Bréfritari: Gunnlaugur Oddsson
Dagsetning: A-1890-04-27
Skrifað á: Glasgow, Skotlandi

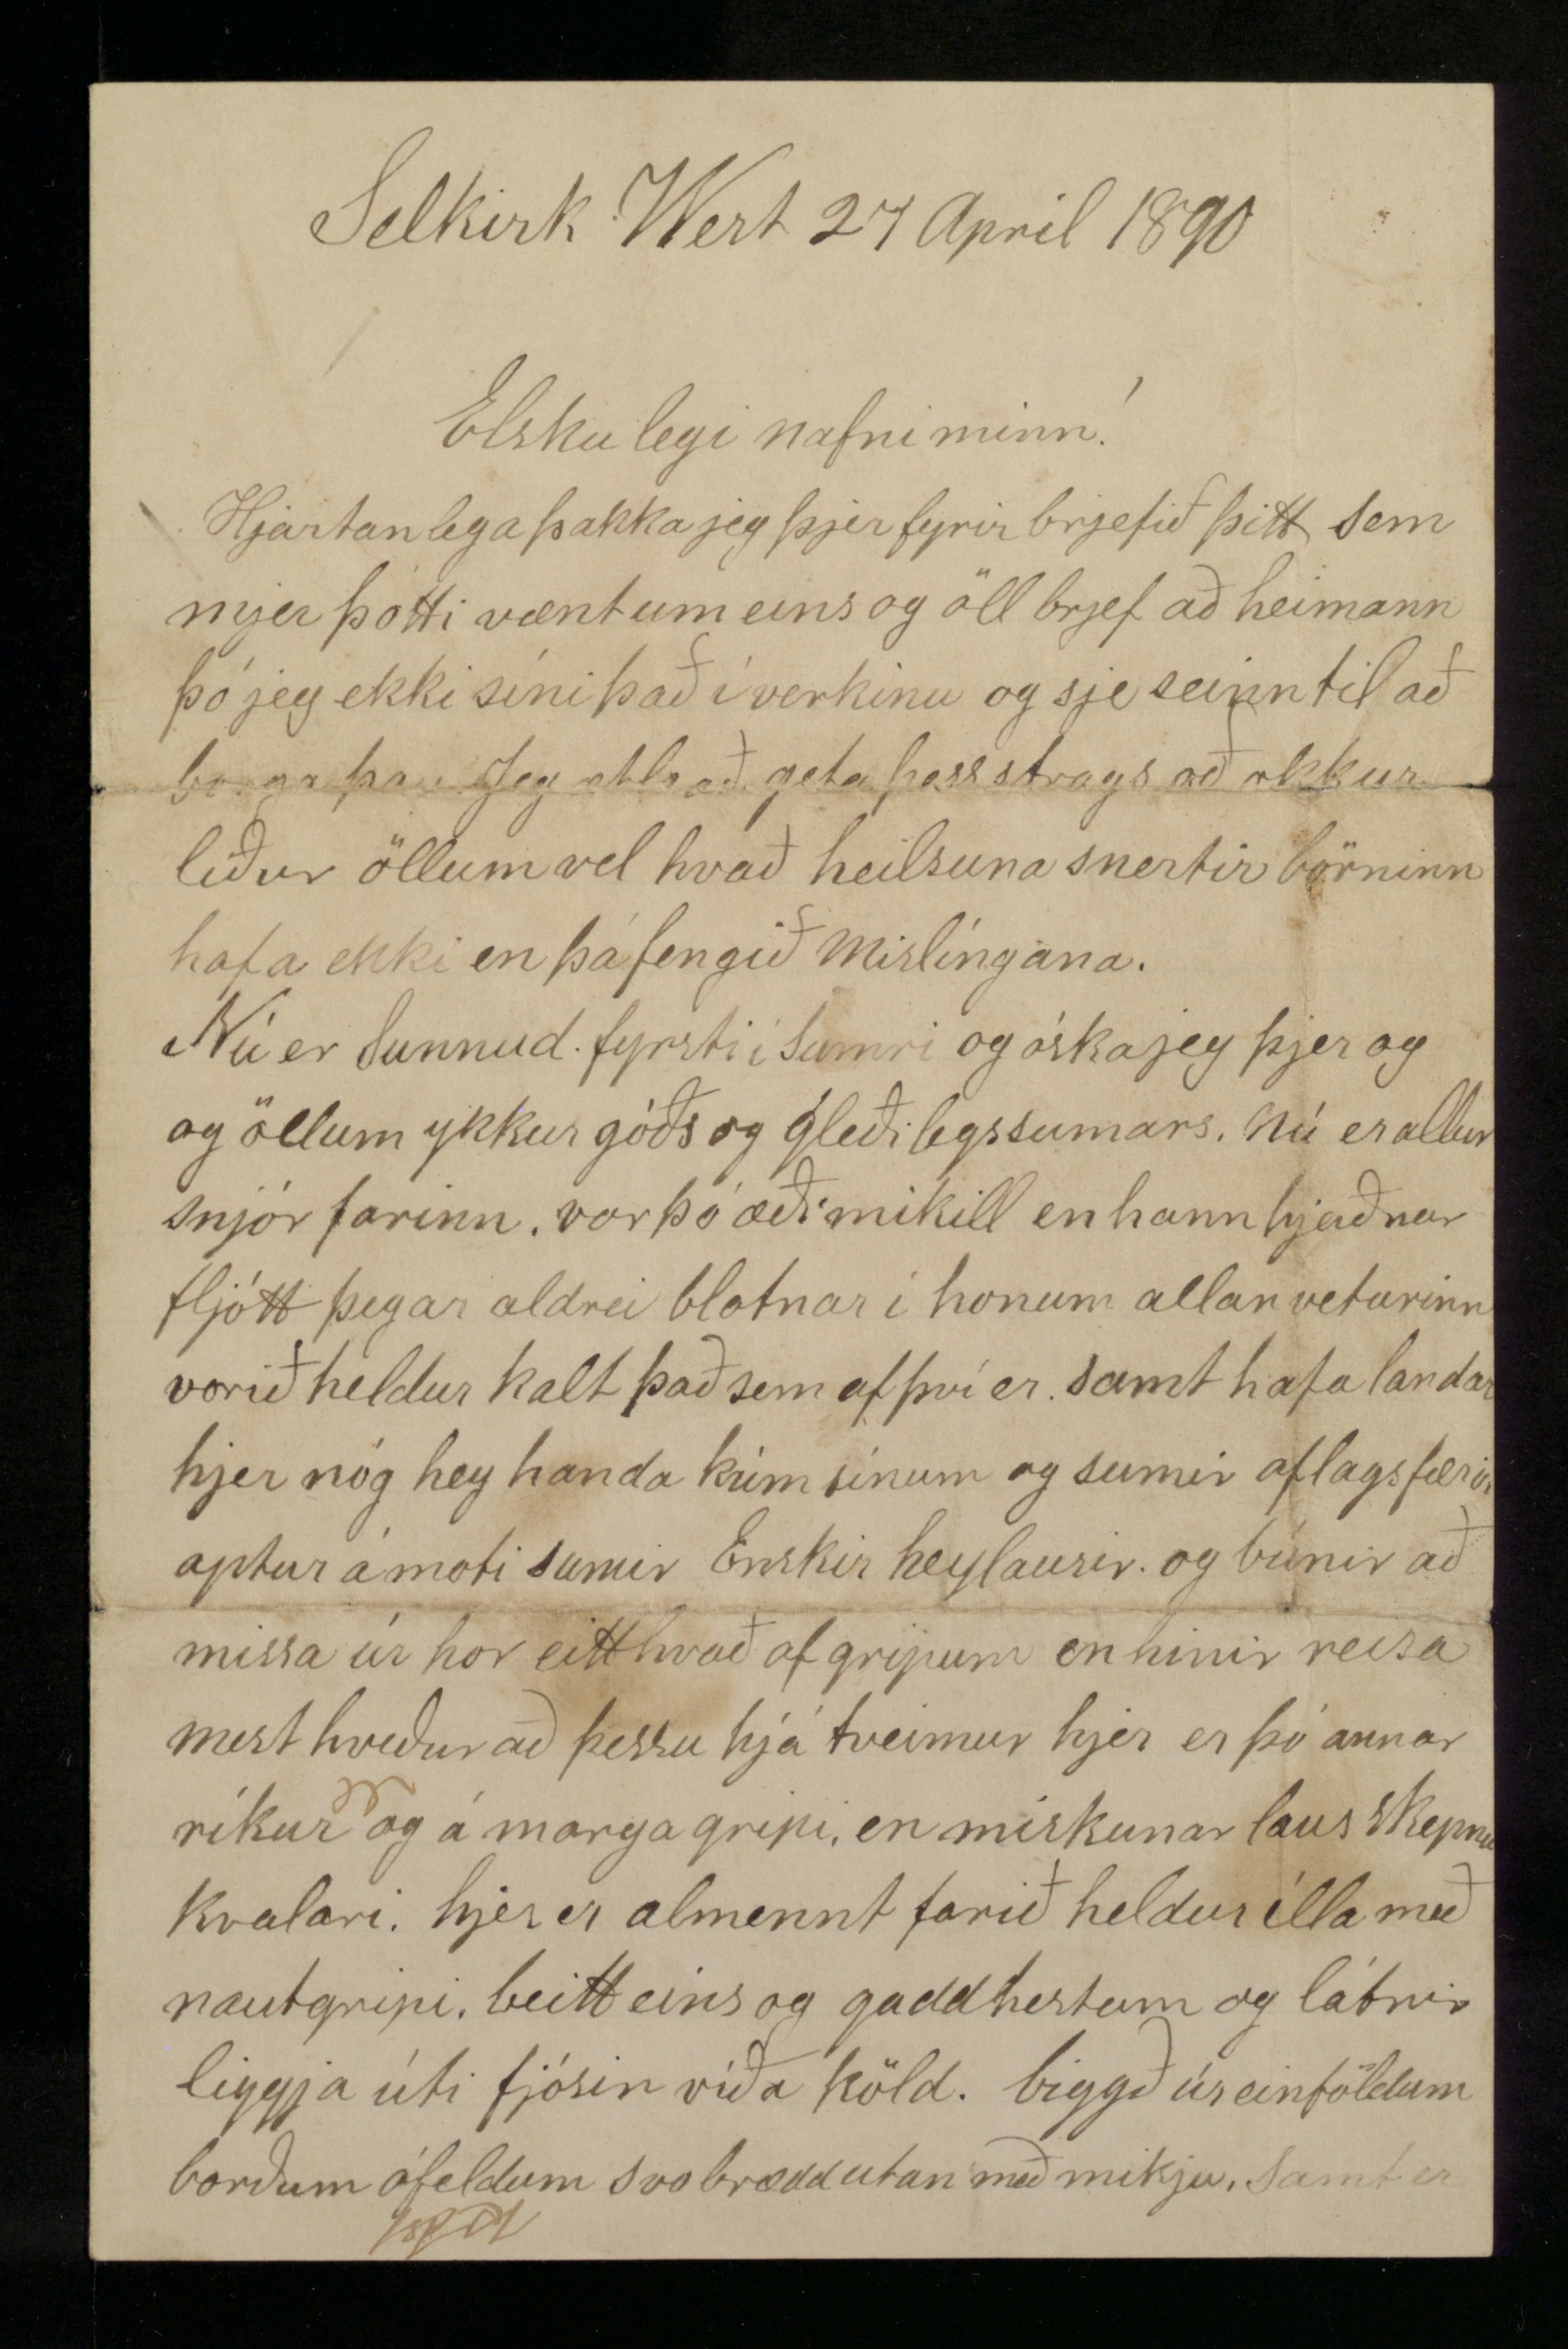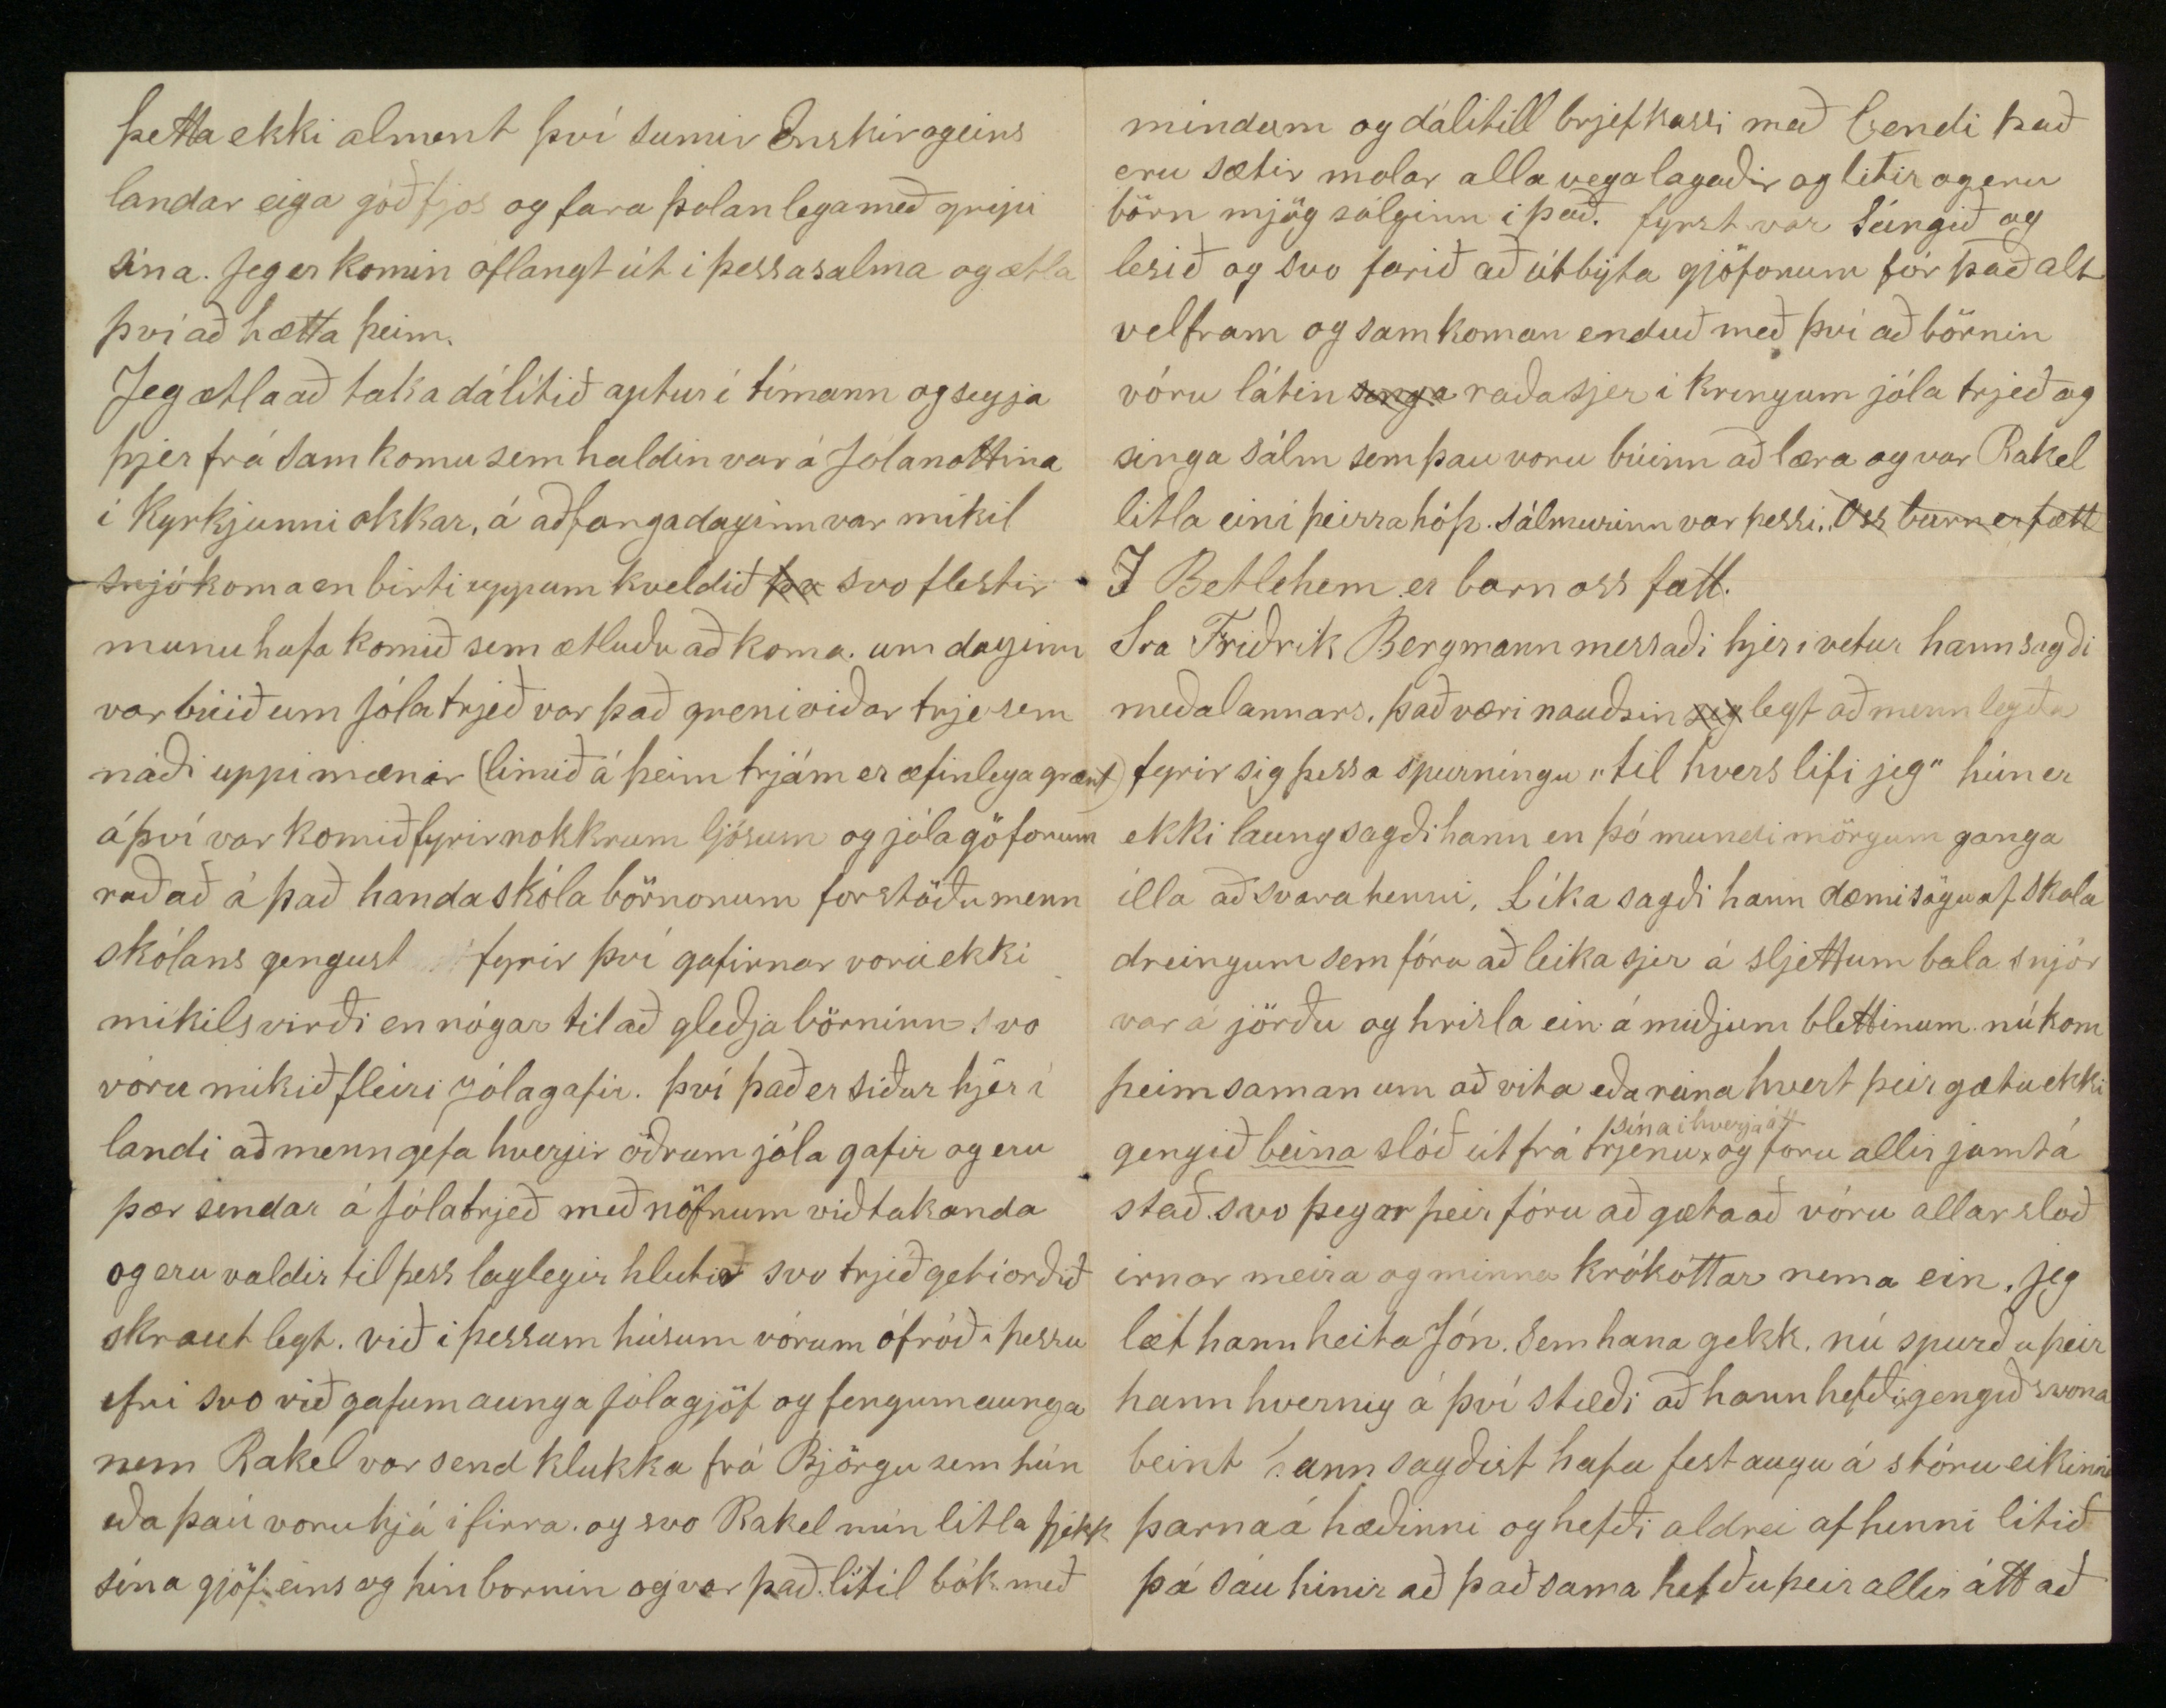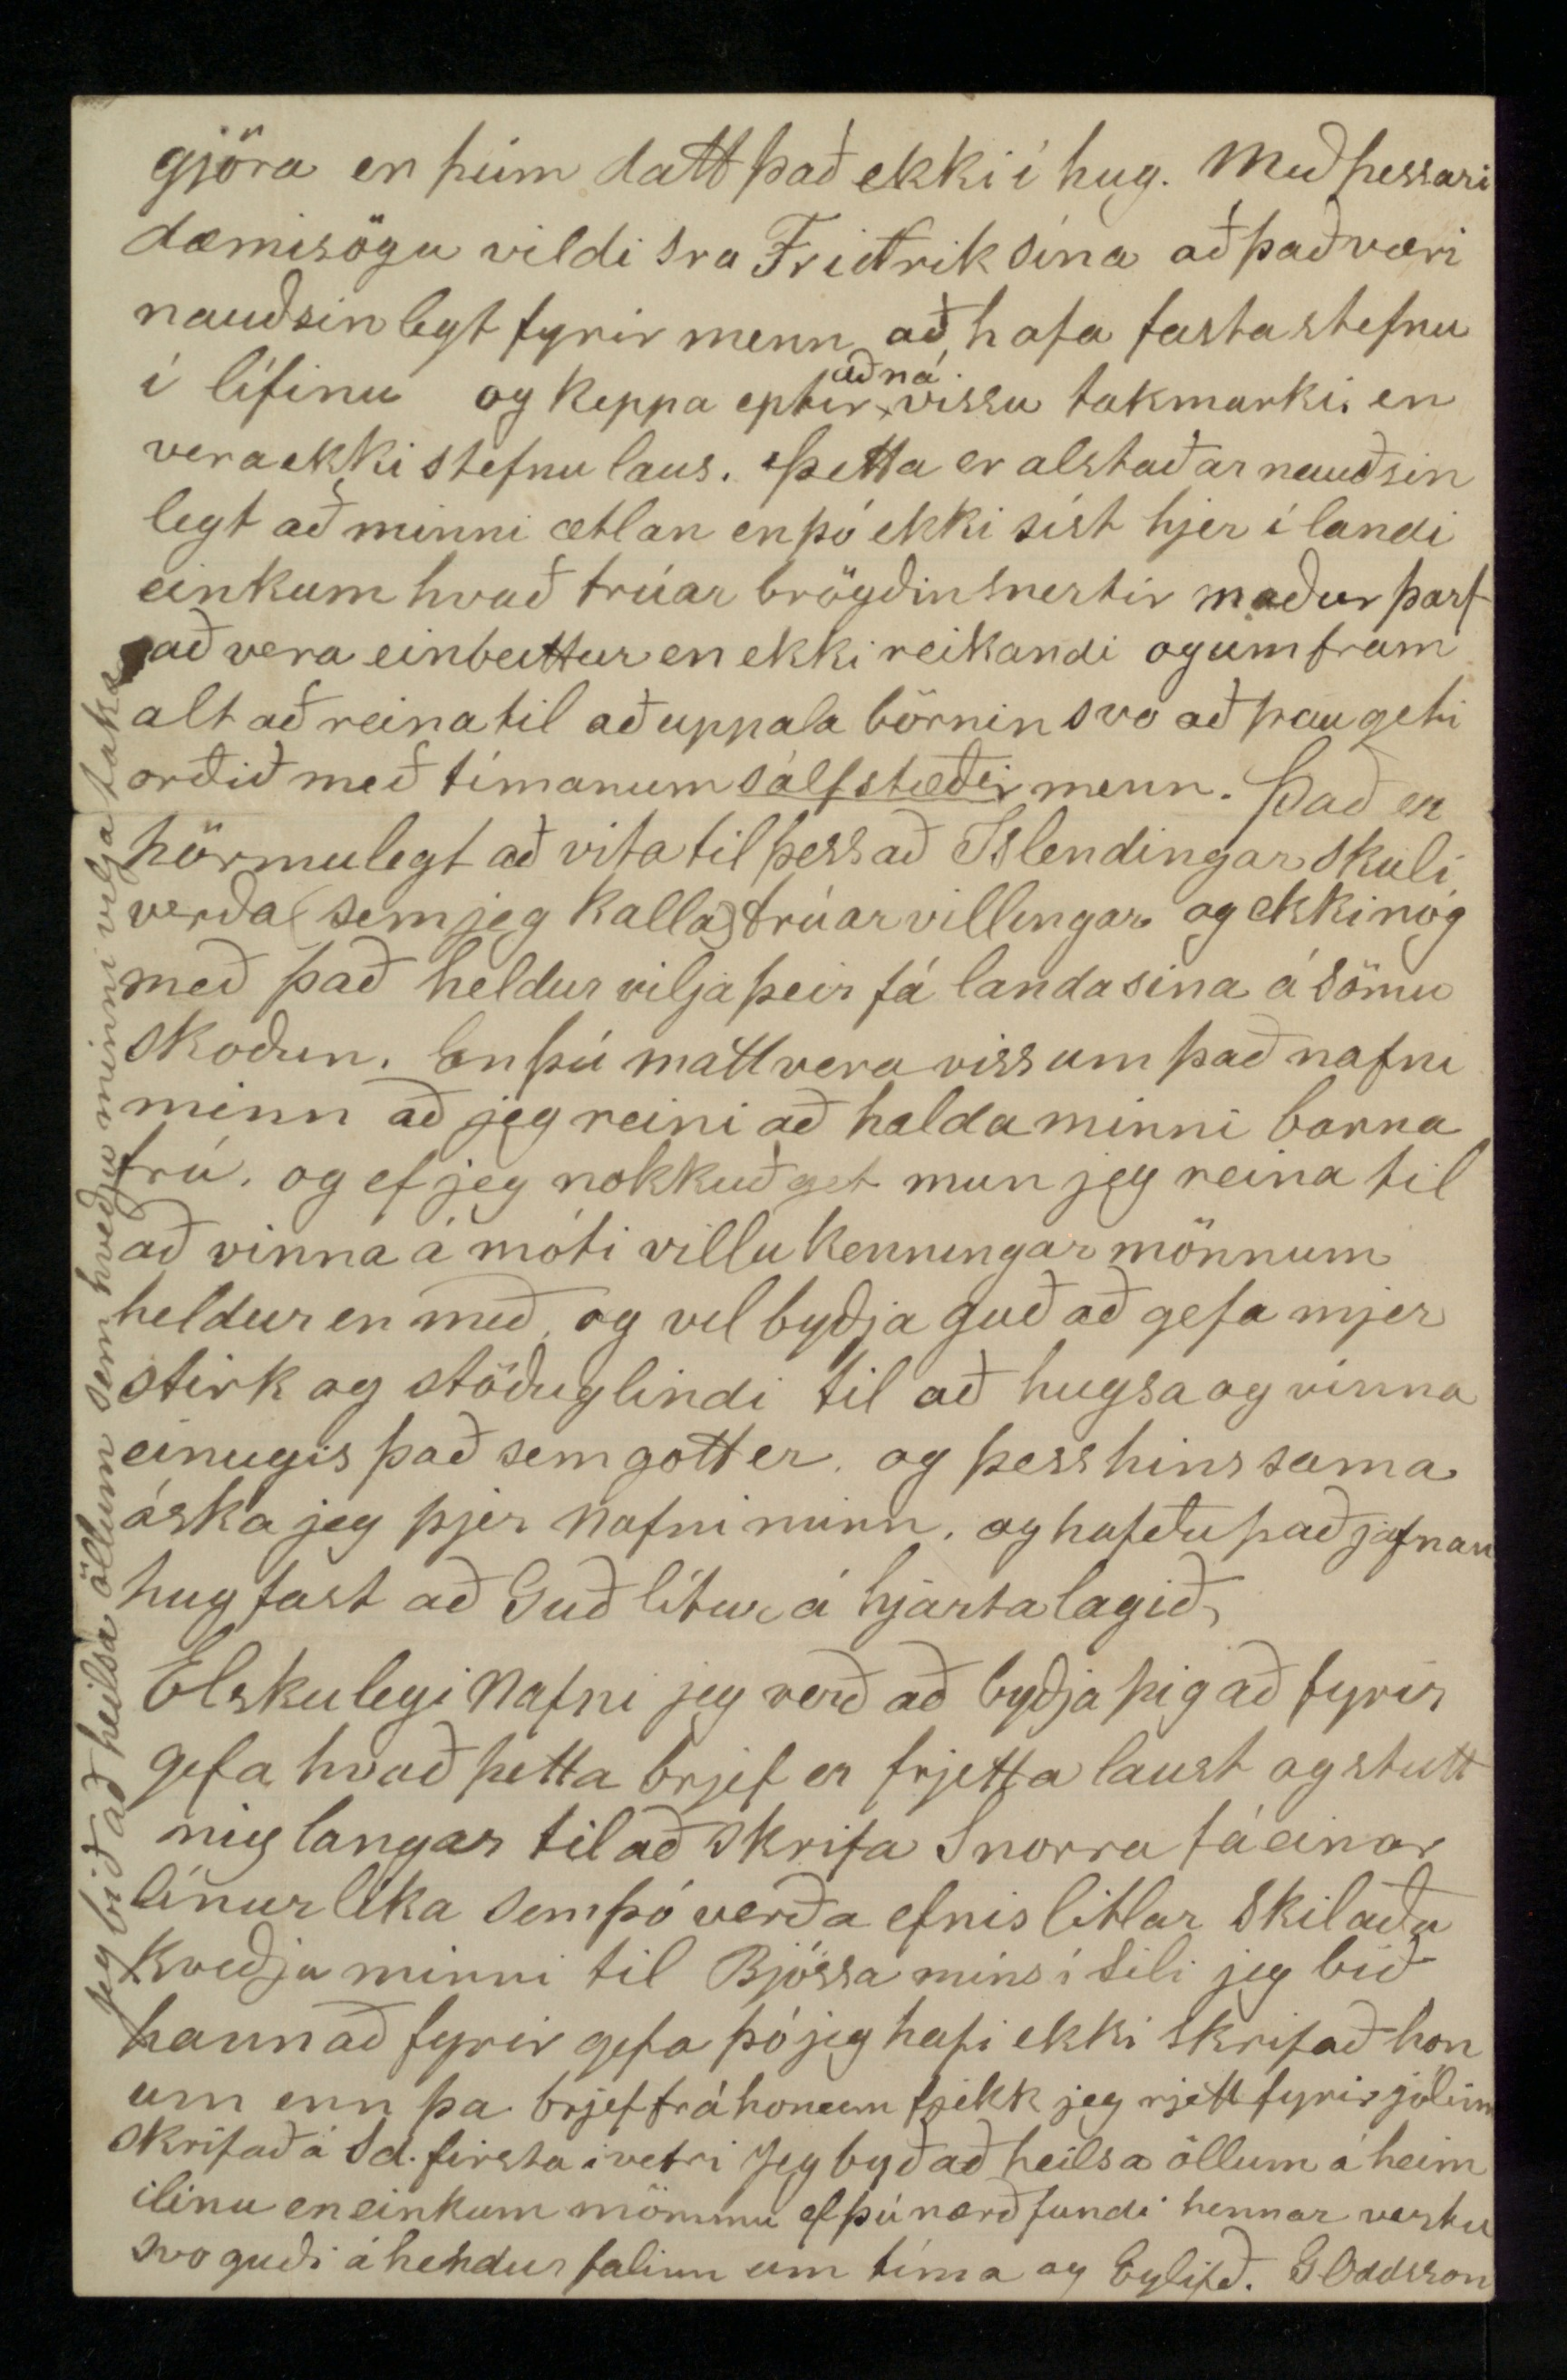

Selkirk West 27 Apríl 1890
Elskulegi nafni minn!
Hjartanlega þakka jeg þjer fyrir brjefið þitt sem mjer þótti vænt um eins og öll brjef að heimann þó jeg ekki síni það í verkinu og sje seinn til að borga þau Jeg ætla að geta þess strags að okkur líður öllum vel hvað heilsuna snertir börnin hafa ekki en þá fengið mislíngana.
Nú er Sunnud. fyrsti í Sumri og óska jeg þjer og öllum ykkur góðs og gleðilegs sumars. Nú er allur snjór farinn. var þó æði mikill en hann hjaðnar fljótt þegar aldrei blotnar í honum allan veturinn vorið heldur kalt það sem af því er samt hafa landar hjer nóg hey handa kúm sínum og sumir aflagsfrærir aptur á móti sumir Enskir heylausir og búnir að missa úr hor eitthvað af gripum en hinir reisa mest hveður á þessu hjá tveimur hjer er þó annar ríkur og á marga gripi, en miskunarlaus Skepnu kvalari. hjer er almennt farið heldur ílla með nautgripi, beitt eins og gaddhestum og látnir liggja úti fjósin víða köld. biggð úr einföldum borðum ófeldum svo brædd utan með mikju. Samt er
þetta ekki alment því sumir Enskir og eins landar eiga góð fjós og fara þolanlega með gripi sína. Jeg er komin oflangt út í þessa salma og ætla því að hætta þeim.
Jeg ætla að taka dálítið aptur í tímann og segja þjer frá samkomu sem haldin var á Jólanottina í Kyrkjunni okkar, á aðfangadaginn var mikil snjókoma en birti upp um kveldið
þv
svo flestir munu hafa komið sem ætluðu að koma. um daginn var búið um Jólatrjeð var það greiniviðartrje sem náði uppí
mænar
(limið á þeim trjám er æfinlega grænt) á því var komið fyrir nokkrum ljósum og jólagöfonum raðað á það handa skólabörnonum forstöðumenn skólans gengust fyrir því gafirnar voru ekki mikils virði en nógar til að gleðja börninn svo vóru mikið fleiri Jólagafir. því það er siður hjer í landi að menn gefa hverjir öðrum jóla gafir og eru þær senda á Jólatrjeð með nöfnum viðtakanda og eru valdir til þess laglegir hlutir svo trjeð geti orðið skautlegt. við í þessum húsum vórum ófróð í þessu efni svo við gafum aunga jólagjöf og fengum aunga nema Rakel var send klukka frá Björgu sem hún eða þau voru hjá í firra. og svo Rakel mín litla fjekk sína gjöf eins og hin börnin og var það lítil bók með
mindum og dálítill brjefkassi með Cendi það eru sælir molar alla vega lagaðir og litir og eru börn mjög sólginn í það. fyrst var súngið og lesið og svo farið að útbýta gjöfonum fór það alt vel fram og samkoman enduð með því að börnin vóru látin
singa
raða sjer í kringum jóla trjeð og singa sálm sem þau voru búinn að læra og var Rakel litla einí þeirra hóp. sálmurinn var þessi „
Oss barn er fætt
I Betlehem er barn oss fætt.
Sra Friðrik Bergmann messaði hjer í vetur hann sagði meðal annars. það væri nauðsin
jeg
legt að menn legðu fyrir sig þessa spurníngu „til hvers lifi jeg" hún er ekki laung sagði hann en þó mundi mörgum ganga ílla að svara henni. Líka sagði hann dæmisögu af Skola dreingum sem fóru að leika sjer á sljettum bala snjór var a jörðu og hrisla ein á miðjum blettinum nú kom þeim saman um að vita eða reina hvert þeir gætu ekki gengið
beina
slóð út frá trjenu
sína í hverja átt
og fóru allir jamt á stað svo þegar þeir fóru að gæta að vóru allar sloðirnar meira og minna krókóttar nema ein. jeg læt hann heita Jón sem hana gekk. nú spurðu þeir hann hvernig á því stæði að hann hefði gengið svona beint hann sagðist hafa fest augu á stóru eikinni þarna á hæðinni og hefði aldrei af henni litið þá sáu hinir að það sama hefðu þeir allir átt að
gjöra en þeim datt það ekki í hug. Með þessari dæmisögu vildi Sra Friðrik sína að það væri nauðsinlegt fyrir menn að hafa fasta stefnu í lífinu og keppa eptir
að ná
vissu takmarki en vera ekki stefnu laus. þetta er alstaðar nauðsin legt að minni ætlan en þó ekki síst hjer í landi einkum hvað trúar brögðin snertir maður þarf að vera einbeittur en ekki reikandi og um fram alt að reina til að uppala börnin svo að þau geti orðið með tímanum
sjálfstæðir
menn. Það er hörmulegt að vita til þess að Islendingar skuli verða (sem jeg kalla) trúarvillingar og ekki nóg með það heldur vilja þeir fá landa sína á sömu skoðun. En þú mátt vera viss um það nafni minn að jeg reini að halda minni barna trú, og ef jeg nokkuð get mun jeg reina til að vinna á móti villukenningar mönnum heldur en með og vil byðja guð að gefa mjer stirk og stöðuglindi til að hugsa og vinna einungis það sem gott er. og þess hins sama óska jeg þjer nafni minn og hafðu það jafnan hugfast að Guð lítur á hjartalagið.
Elskulegi nafni jeg verð að byðja þig að fyrir gefa hvað þetta brjef er frjettalaust og stutt mig langar til að skrifa Snorra fá einar línur líka sem þó verða efnis litlar. Skilaðu kveðju minni til Bjössa míns í Seli jeg bið hann að fyrirgefa þó jeg hafi ekki skrifað honum enn þa. brjef frá honum fjekk jeg rjett fyrir jólinn skrifað á Sd. firsta í vetri Jeg byð að heilsa öllum á heimilinu en einkum mömmu ef þú nærð fundi hennar vertu svo guði á hendur falinn um tíma og Eylífð
G.Oddsson
Jeg bið að heilsa öllum sem kveðju minni vilja taka